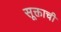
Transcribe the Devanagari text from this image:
सूक्ताची